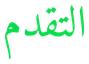
التقدم